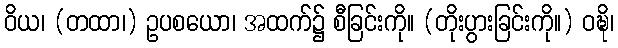
ဝိယ၊ (တထာ၊) ဥပစယော၊ အထက်၌ စီခြင်းကို။ (တိုးပွားခြင်းကို။) ဝဍ္ဎိ၊